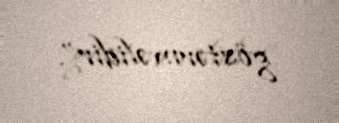
göstərməlidir”.